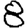
Digit: 8